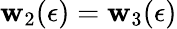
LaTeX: \mathbf{w}_{2}(\epsilon)=\mathbf{w}_{3}(\epsilon)